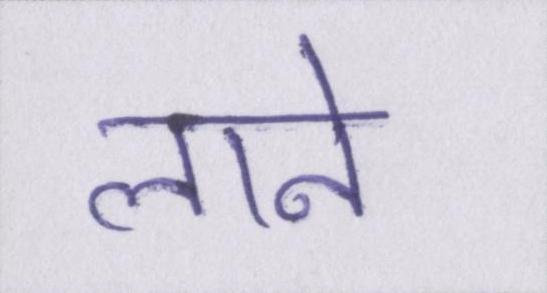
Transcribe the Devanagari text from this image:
लाने